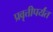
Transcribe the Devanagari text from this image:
प्रवृत्तीपर्यंत